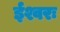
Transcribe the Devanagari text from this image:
ईश्वरः